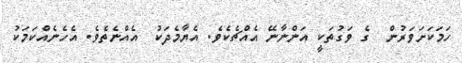
ހަމަކަށަވަރުން  ގެ ވަގުތަކީ އަންނާނޭ އެއްޗެކެވެ. އެޔާމެދަކު  އެއްނެތެވެ. އެހެނެއްކަމަކު